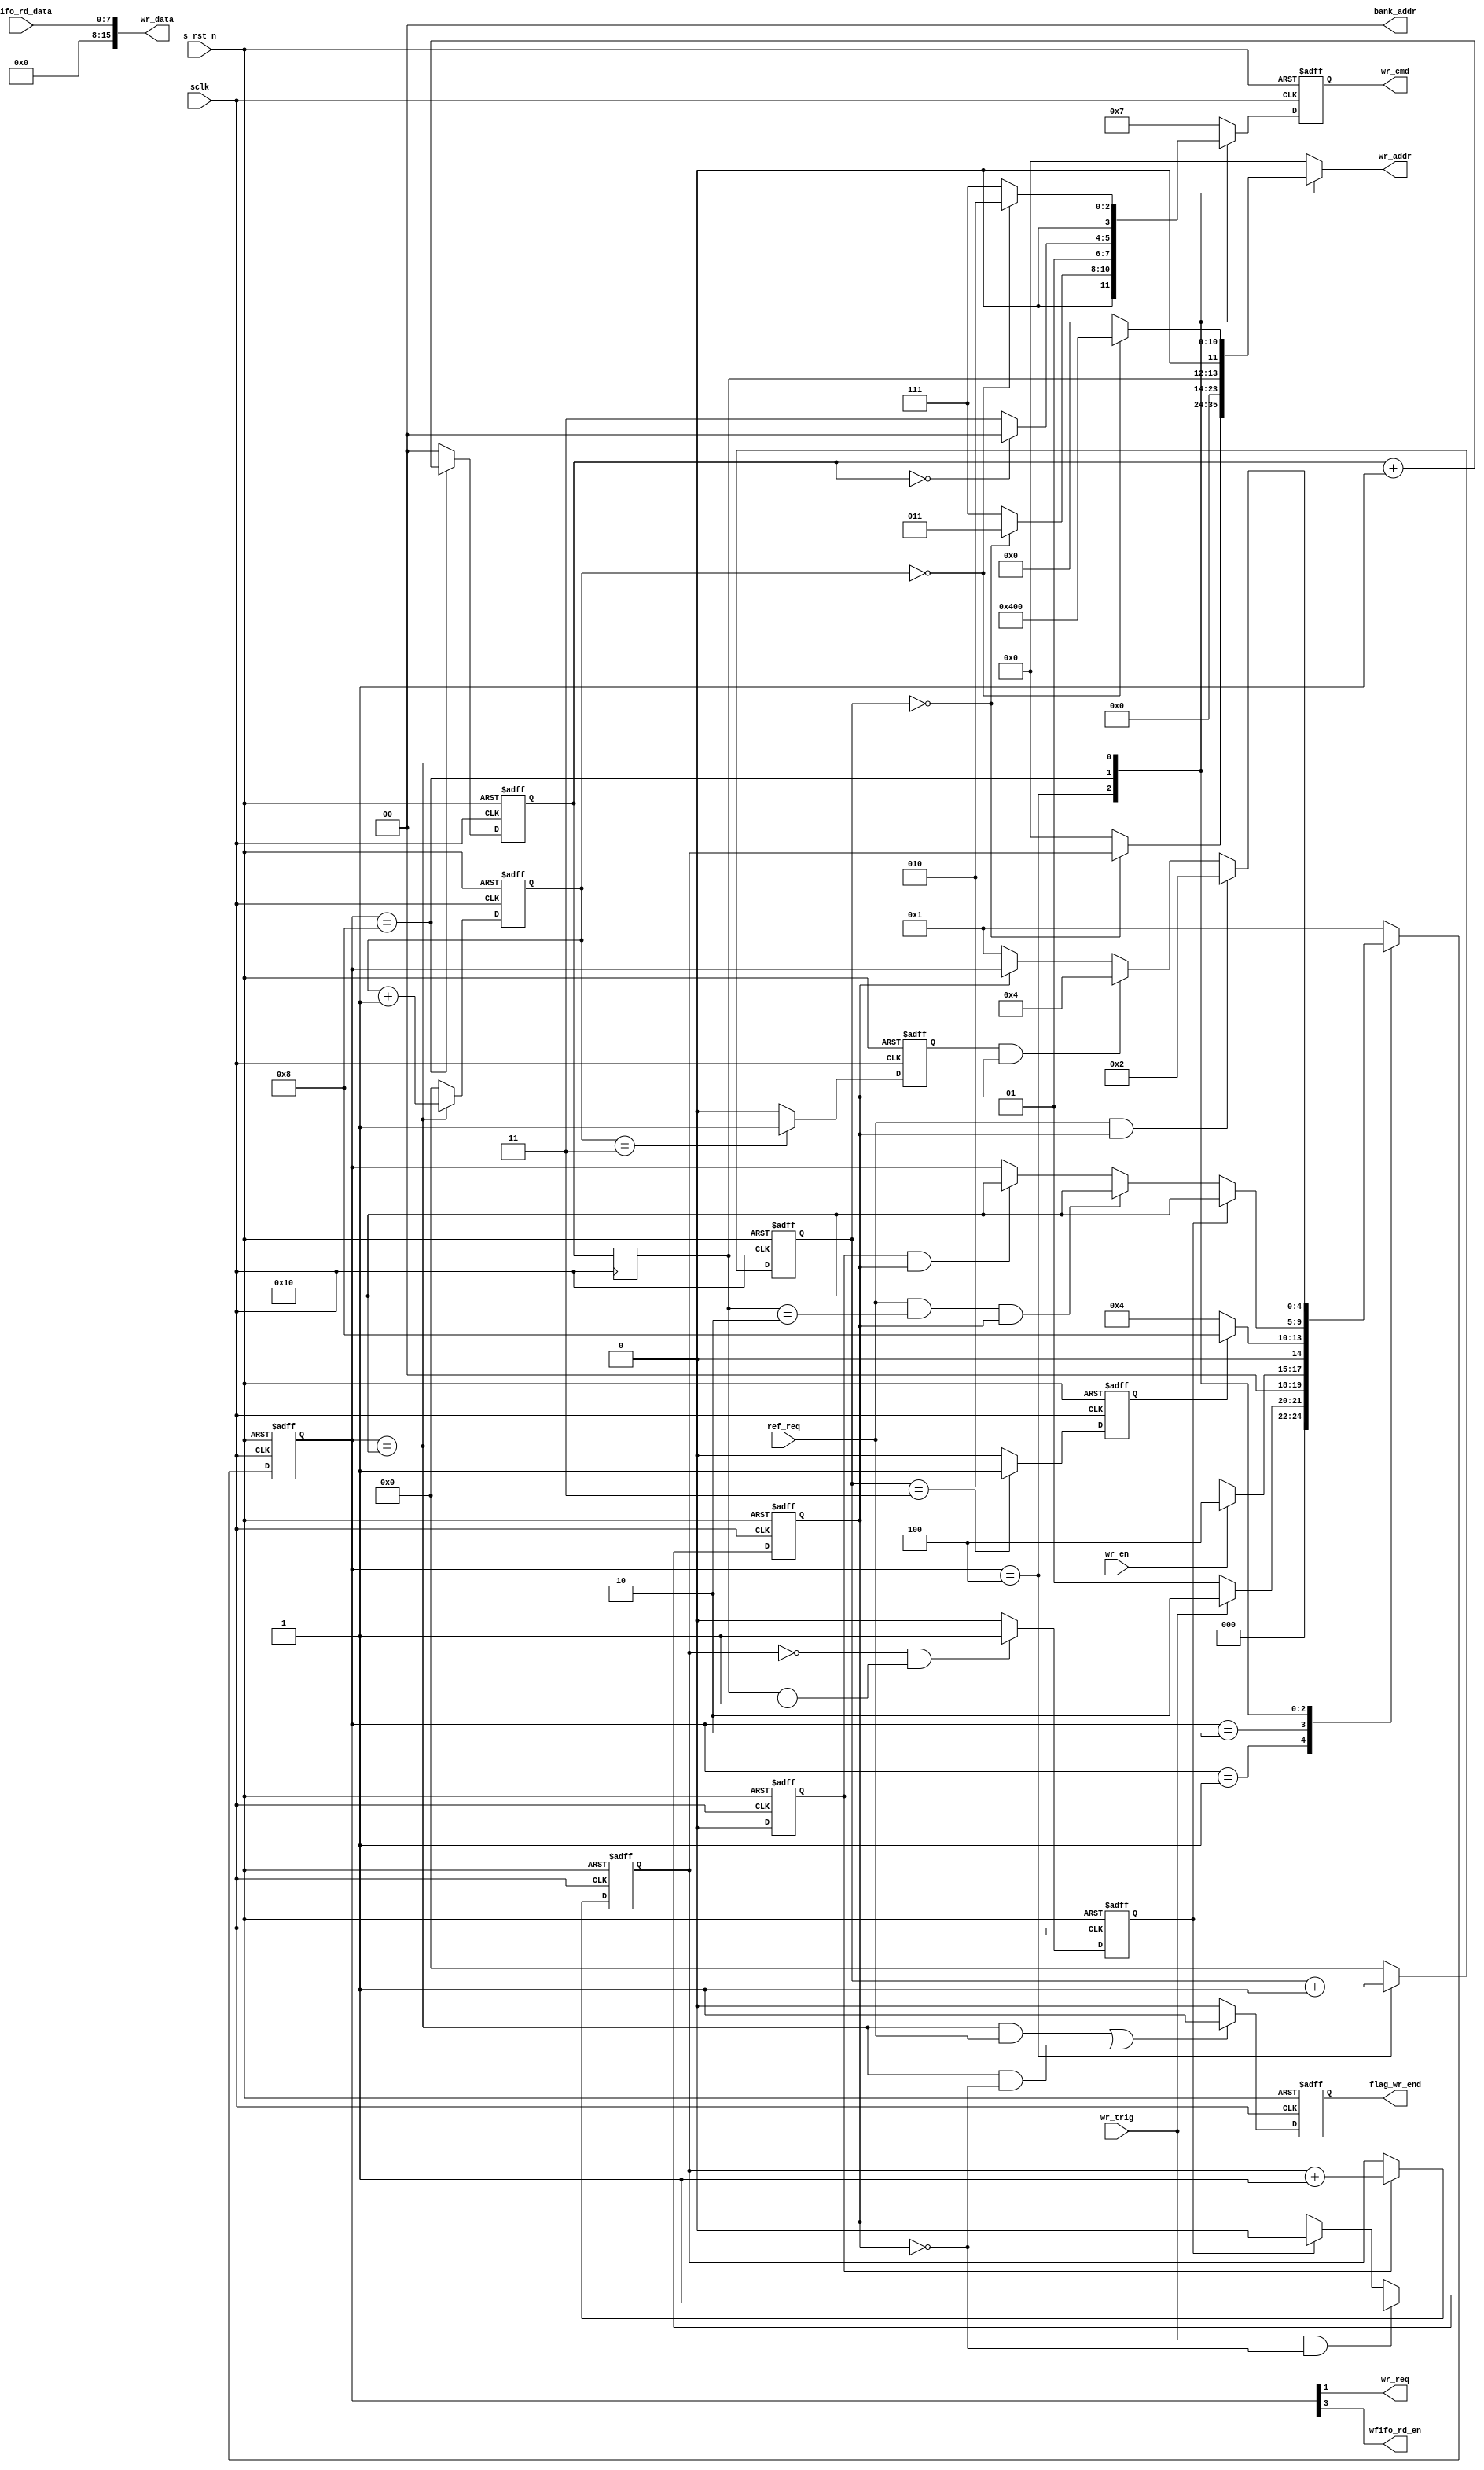
module  sdram_write(
        // system signals
        input                   sclk                    ,
        input                   s_rst_n                 ,
        // Communicate with TOP
        input                   wr_en                   ,
        output  wire            wr_req                  ,
        output  reg             flag_wr_end             ,
        // Others
        input                   ref_req                 ,
        input                   wr_trig                 ,
        // write interfaces
        output  reg     [ 3:0]  wr_cmd                  ,
        output  reg     [11:0]  wr_addr                 ,
        output  wire    [ 1:0]  bank_addr               ,
        output  wire    [15:0]  wr_data                 ,
        // WFIFO Interfaces
        output  wire            wfifo_rd_en             ,
        input           [ 7:0]  wfifo_rd_data
);

//===================================================================\
// ********* Define Parameter and Internal Signals *********
//===================================================================/
// Define State
localparam      S_IDLE          =       5'b0_0001               ;
localparam      S_REQ           =       5'b0_0010               ;
localparam      S_ACT           =       5'b0_0100               ;
localparam      S_WR            =       5'b0_1000               ;
localparam      S_PRE           =       5'b1_0000               ;
// SDRAM Command
localparam      CMD_NOP         =       4'b0111                 ;
localparam      CMD_PRE         =       4'b0010                 ;
localparam      CMD_AREF        =       4'b0001                 ;
localparam      CMD_ACT         =       4'b0011                 ;
localparam      CMD_WR          =       4'b0100                 ;



reg                             flag_wr                         ;
reg     [ 4:0]                  state                           ;
//-----------------------------------------------------------------
reg                             flag_act_end                    ;
reg                             flag_pre_end                    ;
reg                             sd_row_end                      ;
reg     [ 1:0]                  burst_cnt                       ; 
reg     [ 1:0]                  burst_cnt_t                     ; 
reg                             wr_data_end                     ;
//-----------------------------------------------------------------
reg     [ 3:0]                  act_cnt                         ;
reg     [ 3:0]                  break_cnt                       ;
reg     [ 6:0]                  col_cnt                         ;
//-----------------------------------------------------------------
reg     [11:0]                  row_addr                        ;
wire    [ 8:0]                  col_addr                        ;

//==========================================================================
// ****************     Main    Code    **************
//==========================================================================
//flag_wr
always  @(posedge sclk or negedge s_rst_n) begin
        if(s_rst_n == 1'b0)
                flag_wr <=      1'b0;
        else if(wr_trig == 1'b1 && flag_wr == 1'b0)
                flag_wr <=      1'b1;
        else if(wr_data_end == 1'b1)
                flag_wr <=      1'b0;
end

// burst_cnt
always  @(posedge sclk or negedge s_rst_n) begin
        if(s_rst_n == 1'b0)
                burst_cnt       <=      'd0;
        else if(state == S_WR)
                burst_cnt       <=      burst_cnt + 1'b1;
        else
                burst_cnt       <=      'd0;
end

// burst_cnt_t
always  @(posedge sclk) begin
        burst_cnt_t     <=      burst_cnt;
end

//-------------------------  STATE ------------------------------------------
always  @(posedge sclk or negedge s_rst_n) begin
        if(s_rst_n == 1'b0)
                state   <=      S_IDLE;
        else case(state)
                S_IDLE:
                        if(wr_trig == 1'b1)
                                state   <=      S_REQ;
                        else
                                state   <=      S_IDLE;
                S_REQ:
                        if(wr_en == 1'b1)
                                state   <=      S_ACT;
                        else
                                state   <=      S_REQ;
                S_ACT:
                        if(flag_act_end == 1'b1)
                                state   <=      S_WR;
                        else 
                                state   <=      S_ACT;
                S_WR:
                        if(wr_data_end == 1'b1)
                                state   <=      S_PRE;
                        else if(ref_req == 1'b1 && burst_cnt_t == 'd2 && flag_wr == 1'b1)
                                state   <=      S_PRE;
                        else if(sd_row_end == 1'b1 && flag_wr == 1'b1)
                                state   <=      S_PRE;
                S_PRE:
                        if(ref_req == 1'b1 && flag_wr == 1'b1)
                                state   <=      S_REQ;
                        else if(flag_pre_end == 1'b1 && flag_wr == 1'b1)
                                state   <=      S_ACT;
                        else if(flag_wr == 1'b0)    
                                state   <=      S_IDLE;
                default:
                        state   <=      S_IDLE;
        endcase
end

// wr_cmd
always  @(posedge sclk or negedge s_rst_n) begin
        if(s_rst_n == 1'b0)
                wr_cmd  <=      CMD_NOP;
        else case(state)
                S_ACT:  
                        if(act_cnt == 'd0)
                                wr_cmd  <=      CMD_ACT;
                        else 
                                wr_cmd  <=      CMD_NOP;
                S_WR:
                        if(burst_cnt == 'd0)
                                wr_cmd  <=      CMD_WR;
                        else
                                wr_cmd  <=      CMD_NOP;
                S_PRE:
                        if(break_cnt == 'd0)
                                wr_cmd  <=      CMD_PRE;
                        else
                                wr_cmd  <=      CMD_NOP;
                default:
                        wr_cmd  <=      CMD_NOP;
        endcase
end

// wr_addr
always  @(*) begin
        case(state)
                S_ACT:
                        if(act_cnt == 'd0)
                                wr_addr <=      row_addr;
                        else
                                wr_addr <=      'd0;
                S_WR:   wr_addr <=      {3'b000, col_addr};
                S_PRE:  if(break_cnt == 'd0)
                                wr_addr <=      {12'b0100_0000_0000};
                        else
                                wr_addr <=      'd0;
                default:
                        wr_addr <=      'd0;
        endcase
end
//-------------------------------------------------------------------
// flag_act_end
always  @(posedge sclk or negedge s_rst_n) begin
        if(s_rst_n == 1'b0)
                flag_act_end    <=      1'b0;
        else if(act_cnt == 'd3)
                flag_act_end    <=      1'b1;
        else    
                flag_act_end    <=      1'b0;
end

// act_cnt
always  @(posedge sclk or negedge s_rst_n) begin
        if(s_rst_n == 1'b0)
                act_cnt <=      'd0;
        else if(state == S_ACT)
                act_cnt <=      act_cnt + 1'b1;
        else
                act_cnt <=      'd0;
end

// flag_pre_end
always  @(posedge sclk or negedge s_rst_n) begin
        if(s_rst_n == 1'b0)
                flag_pre_end    <=      1'b0;
        else if(break_cnt == 'd3)
                flag_pre_end    <=      1'b1;
        else 
                flag_pre_end    <=      1'b0;
end

always  @(posedge sclk or negedge s_rst_n) begin
        if(s_rst_n == 1'b0)
                flag_wr_end     <=      1'b0;
        else if((state == S_PRE && ref_req == 1'b1) ||   //refresh
                 state == S_PRE && flag_wr == 1'b0)     
                flag_wr_end     <=      1'b1;
        else 
                flag_wr_end     <=      1'b0;
end

// break_cnt
always  @(posedge sclk or negedge s_rst_n) begin
        if(s_rst_n == 1'b0)
                break_cnt <=      'd0;
        else if(state == S_PRE)
                break_cnt <=      break_cnt + 1'b1;
        else
                break_cnt <=      'd0;
end

// wr_data_end
always  @(posedge sclk or negedge s_rst_n) begin
        if(s_rst_n == 1'b0)
                wr_data_end     <=      1'b0;
        else if(row_addr == 'd0 && col_addr == 'd1)
                wr_data_end     <=      1'b1;
        else
                wr_data_end     <=      1'b0;
end

// col_cnt
always  @(posedge sclk or negedge s_rst_n) begin
        if(s_rst_n == 1'b0)
                col_cnt <=      'd0;
        else if(col_addr == 'd511)
                col_cnt <=      'd0;
        else if(burst_cnt_t == 'd3)
                col_cnt <=      col_cnt + 1'b1;
end

always  @(posedge sclk or negedge s_rst_n) begin
        if(s_rst_n == 1'b0)
                row_addr        <=      'd0;
        else if(sd_row_end == 1'b1)
                row_addr        <=      row_addr + 1'b1;
end

always  @(posedge sclk or negedge s_rst_n) begin
        if(s_rst_n == 1'b0)
                sd_row_end      <=      1'b0;
        else if(col_addr == 'd509)
                sd_row_end      <=      1'b1;
        else
                sd_row_end      <=      1'b0;
end

//----------------------------------------------------------------
/* always  @(*) begin
        case(burst_cnt_t)
                0:      wr_data <=      'd3;
                1:      wr_data <=      'd5;
                2:      wr_data <=      'd7;
                3:      wr_data <=      'd9;
        endcase
end */
//----------------------------------------------------------------

//assign  col_addr        =       {col_cnt, burst_cnt_t};
assign  col_addr        =       {7'd0, burst_cnt_t};
assign  bank_addr       =       2'b00;
assign  wr_req          =       state[1];
assign  wfifo_rd_en     =       state[3];
assign  wr_data         =       wfifo_rd_data;

endmodule